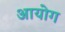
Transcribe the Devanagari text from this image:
अायोग